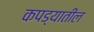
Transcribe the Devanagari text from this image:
कपड्यातील